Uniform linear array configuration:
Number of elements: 12
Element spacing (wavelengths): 0.25
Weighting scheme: kaiser
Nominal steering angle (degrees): -30
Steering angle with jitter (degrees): -29.255
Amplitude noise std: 0.05
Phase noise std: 0.05

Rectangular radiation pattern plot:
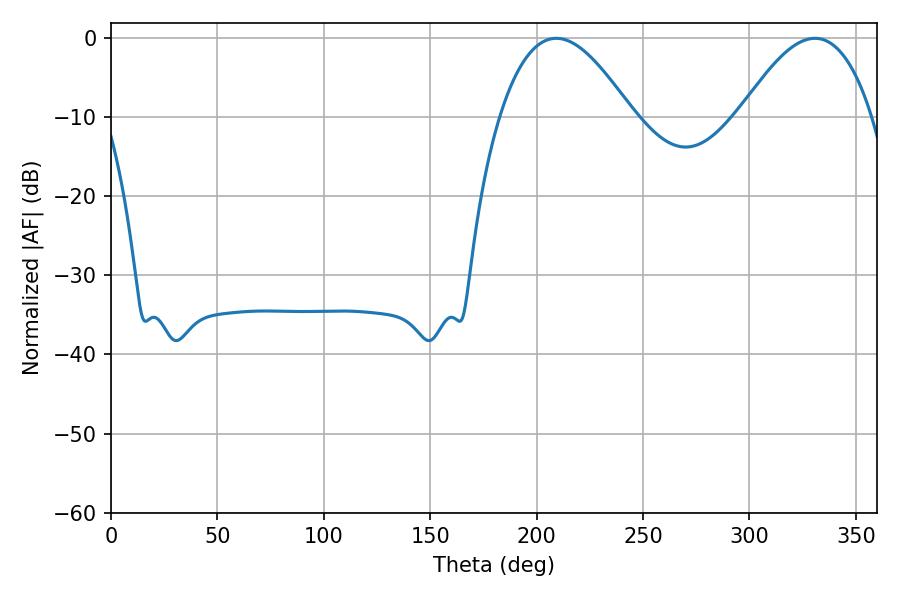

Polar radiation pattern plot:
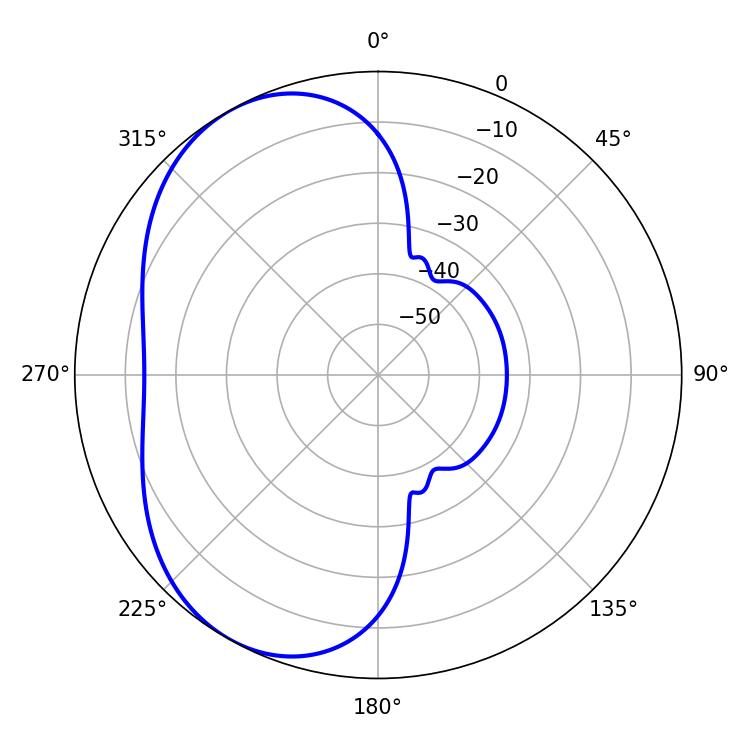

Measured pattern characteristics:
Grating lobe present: FALSE
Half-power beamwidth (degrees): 34.02
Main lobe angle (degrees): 209.16